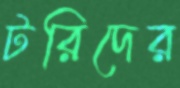
টরিদের